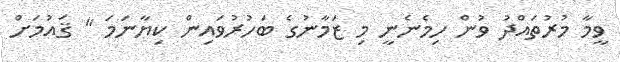
ވީމާ މުރުތައްދު ވުން ހިމެނެނީ މި ޒަމާނުގެ ބަހުރުވައިން ކިޔާނަމަ '' ޤައުމަށް